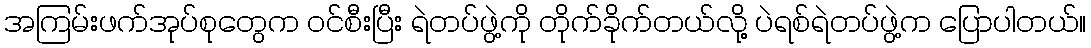
အကြမ်းဖက်အုပ်စုတွေက ဝင်စီးပြီး ရဲတပ်ဖွဲ့ကို တိုက်ခိုက်တယ်လို့ ပဲရစ်ရဲတပ်ဖွဲ့က ပြောပါတယ်။